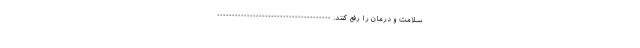
سلامت و درمان را رفع کنند. --------------------------------------